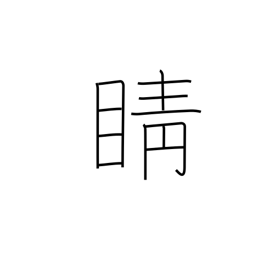
Meaning: pupil of the eye